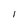
Character: I